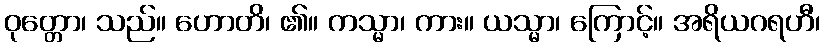
ဝုတ္တော၊ သည်။ ဟောတိ၊ ၏။ ကသ္မာ၊ ကား။ ယသ္မာ၊ ကြောင့်။ အရိယဂရဟီ၊